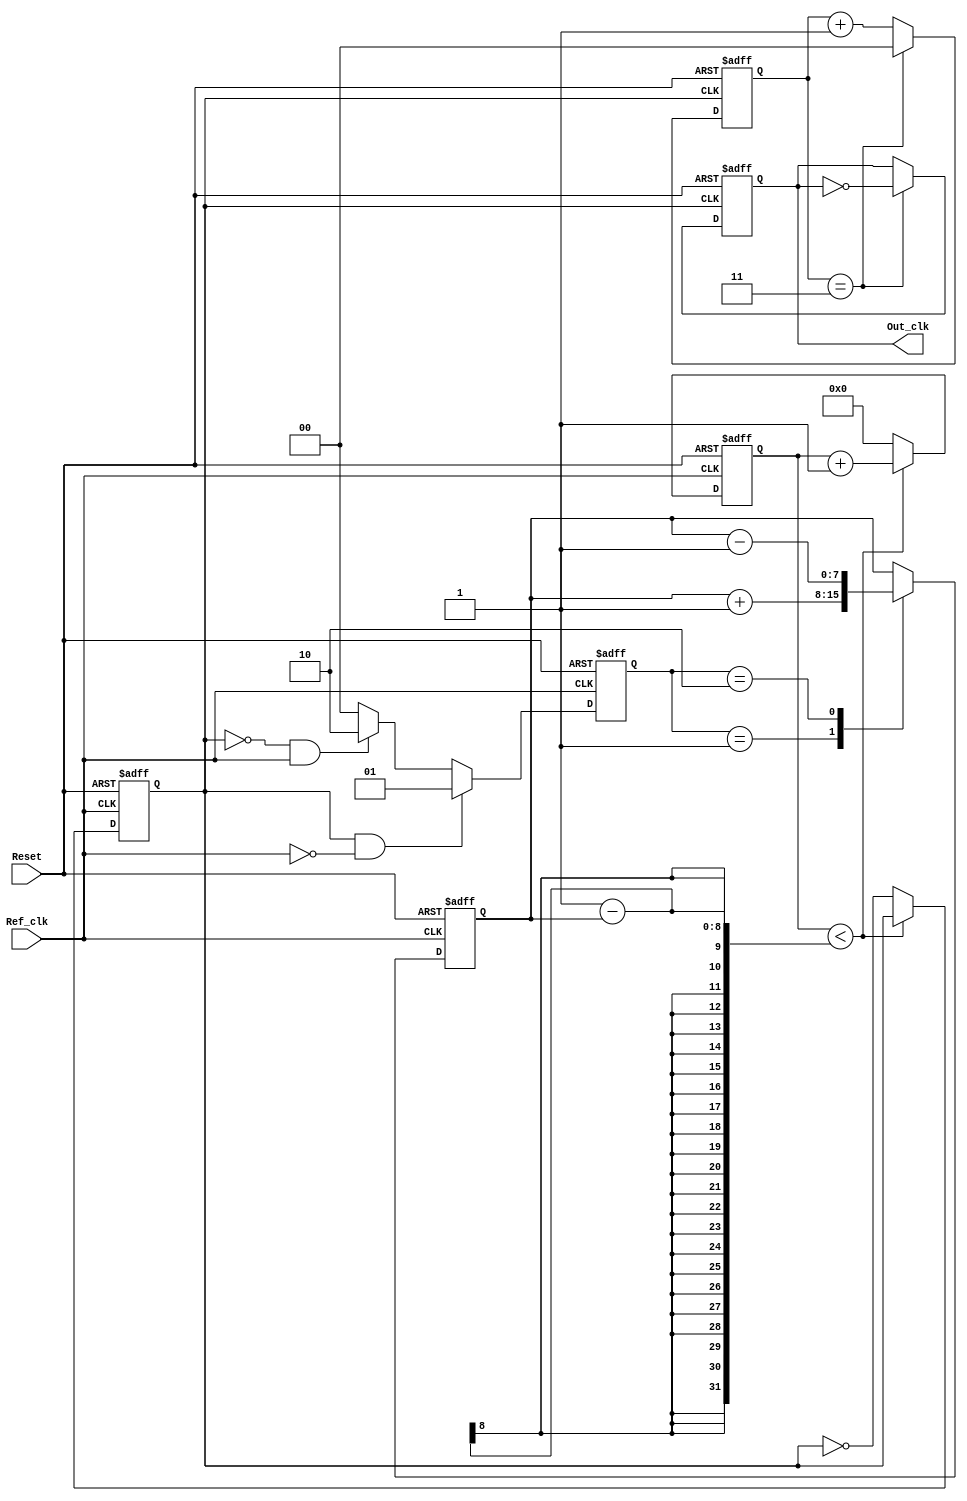
module PLL (
    input wire Ref_clk,          // Reference Clock Input
    input wire Reset,            // Reset Signal
    output wire Out_clk          // Output Clock
);

// Parameters
parameter DIV_FACTOR = 4;       // Output Divider Factor
parameter VCO_MAX_FREQ = 100;   // Maximum frequency of VCO (arbitrary units)
parameter VCO_MIN_FREQ = 10;    // Minimum frequency of VCO (arbitrary units)

// State Definitions
reg [1:0] phase_error;          // Phase Error Signal (00: No Error, 01: VCO Leading, 10: VCO Lagging)
reg [7:0] control_voltage;       // Control Voltage for VCO (8-bit for simplicity)
reg vco_clk;                     // VCO Output Clock
reg [31:0] vco_counter;          // Counter for VCO frequency division
reg [1:0] divider_counter;       // Counter for Output Divider

// Phase Detector
always @(posedge Ref_clk or posedge Reset) begin
    if (Reset) begin
        phase_error <= 2'b00; // No error on reset
    end else begin
        // Simple phase detection logic
        if (vco_clk && !Ref_clk) begin
            phase_error <= 2'b01; // VCO is leading
        end else if (!vco_clk && Ref_clk) begin
            phase_error <= 2'b10; // VCO is lagging
        end else begin
            phase_error <= 2'b00; // No error
        end
    end
end

// Loop Filter (First Order)
always @(posedge Ref_clk or posedge Reset) begin
    if (Reset) begin
        control_voltage <= 8'd50; // Initial control voltage
    end else begin
        case (phase_error)
            2'b01: control_voltage <= control_voltage + 8'd1; // Increase control voltage
            2'b10: control_voltage <= control_voltage - 8'd1; // Decrease control voltage
            default: control_voltage <= control_voltage; // Hold
        endcase
    end
end

// Voltage-Controlled Oscillator (VCO)
always @(posedge Ref_clk or posedge Reset) begin
    if (Reset) begin
        vco_counter <= 32'd0;
        vco_clk <= 0;
    end else begin
        // VCO frequency control based on control voltage
        if (vco_counter < (VC0_MAX_FREQ - control_voltage)) begin
            vco_counter <= vco_counter + 1;
        end else begin
            vco_clk <= ~vco_clk; // Toggle VCO clock
            vco_counter <= 32'd0; // Reset counter
        end
    end
end

// Output Divider
always @(posedge vco_clk or posedge Reset) begin
    if (Reset) begin
        divider_counter <= 2'b00;
        Out_clk <= 0;
    end else begin
        if (divider_counter == DIV_FACTOR - 1) begin
            Out_clk <= ~Out_clk; // Toggle output clock
            divider_counter <= 2'b00; // Reset divider counter
        end else begin
            divider_counter <= divider_counter + 1; // Increment counter
        end
    end
end

endmodule